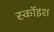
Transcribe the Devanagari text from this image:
स्कॉइश